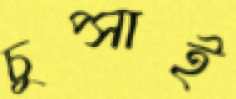
চুপ্‌সাই